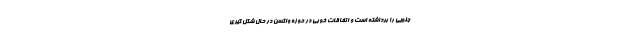
جلویی را برداشته است و اتفاقات خوبی در حوزه واکسن در حال شکل گیری